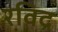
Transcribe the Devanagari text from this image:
रविद्र